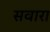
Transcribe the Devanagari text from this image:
सवारा